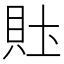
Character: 𰶴